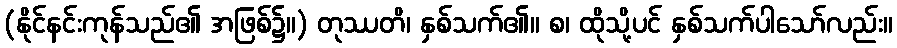
(နိုင်နင်းကုန်သည်၏ အဖြစ်၌။) တုဿတိ၊ နှစ်သက်၏။ စ၊ ထိုသို့ပင် နှစ်သက်ပါသော်လည်း။